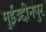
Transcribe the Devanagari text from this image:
मुईउद्दीनपुर